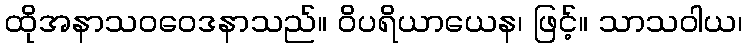
ထိုအနာသဝဝေဒနာသည်။ ဝိပရိယာယေန၊ ဖြင့်။ သာသဝါယ၊